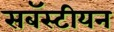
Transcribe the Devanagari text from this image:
सबॅस्टीयन